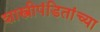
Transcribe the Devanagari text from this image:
शास्त्रीपंडितांच्या